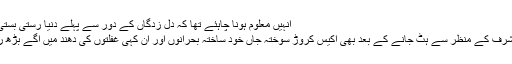
انہیں معلوم ہونا چاہئے تھا کہ دل زدگاں کے دور سے پہلے دنیا رستی بستی تھی…
پرویز مشرف کے منظر سے ہٹ جانے کے بعد بھی اکیس کروڑ سوختہ جاں خود ساختہ بحرانوں اور ان کہی غفلتوں کی دھند میں آگے بڑھ رہے ہیں۔